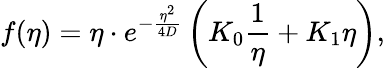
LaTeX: f(\eta)=\eta\cdot e^{-\frac{\eta^{2}}{4D}}\left(K_{0}\frac{1}{\eta}+K_{1}\eta\right),